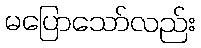
မပြောသော်လည်း